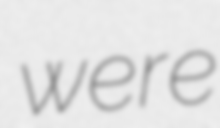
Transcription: were